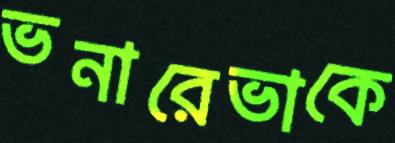
ভনারেভাকে